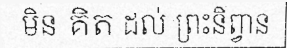
មិន គិត ដល់ ព្រះនិព្វាន